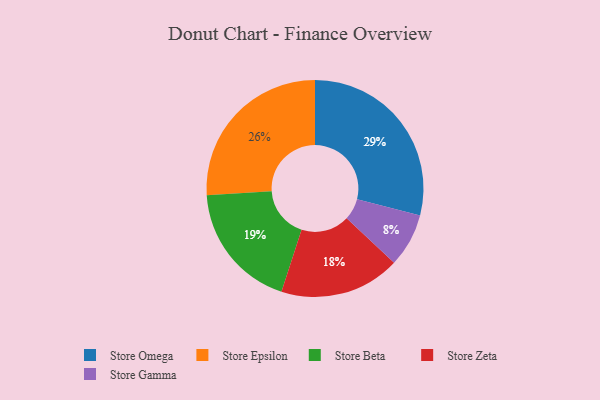
{"axis": {"x": "Category", "y": "Percentage"}, "legend": ["Store Beta", "Store Epsilon", "Store Gamma", "Store Omega", "Store Zeta"], "data": [{"x": "Store Omega", "y": 29, "type": "Store Omega"}, {"x": "Store Gamma", "y": 8, "type": "Store Gamma"}, {"x": "Store Epsilon", "y": 26, "type": "Store Epsilon"}, {"x": "Store Beta", "y": 19, "type": "Store Beta"}, {"x": "Store Zeta", "y": 18, "type": "Store Zeta"}]}